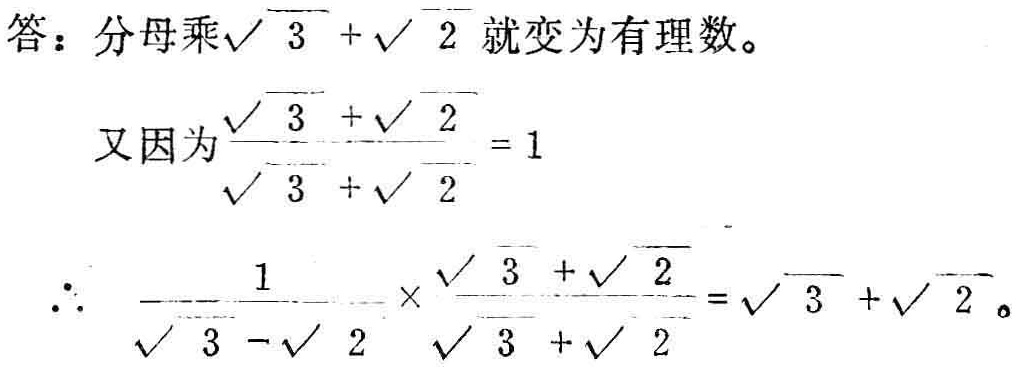
答：分母乘\(\sqrt{3}+\sqrt{2}\)就变为有理数。
又因为\(\frac{\sqrt{3}+\sqrt{2}}{\sqrt{3}+\sqrt{2}} = 1\)
\(\therefore \frac{1}{\sqrt{3}-\sqrt{2}}\times\frac{\sqrt{3}+\sqrt{2}}{\sqrt{3}+\sqrt{2}}=\sqrt{3}+\sqrt{2}\)。